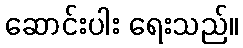
ဆောင်းပါး ရေးသည်။